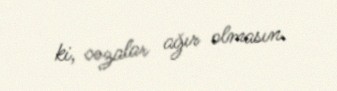
ki, cəzalar ağır olmasın.